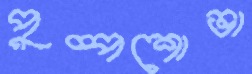
পুষ্পশোভা